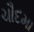
ચૌદમા